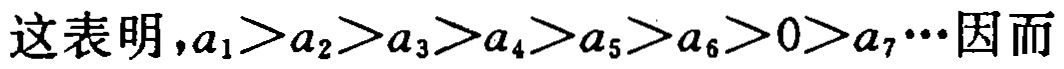
这表明，\(a_{1}>a_{2}>a_{3}>a_{4}>a_{5}>a_{6}>0>a_{7}\cdots\)因而